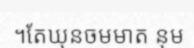
។តែឃុនចមមាត នុម